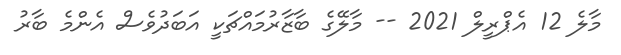
މާލެ 12 އެޕްރީލް 2021 -- މާލޭގެ ބާޒާރުމައްޗަކީ އަބަދުވެސް އެންމެ ބާރު